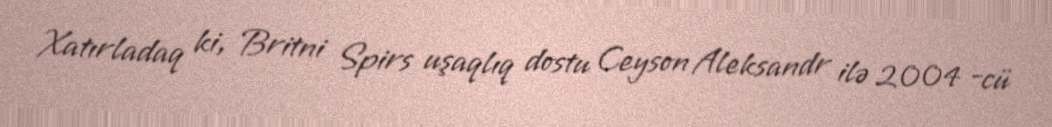
Xatırladaq ki, Britni Spirs uşaqlıq dostu Ceyson Aleksandr ilə 2004 -cü